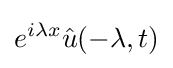
e^{i\lambda x}{\hat {u}}(-\lambda ,t)